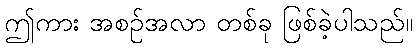
ဤကား အစဉ်အလာ တစ်ခု ဖြစ်ခဲ့ပါသည်။